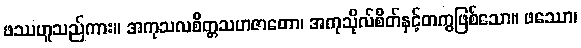
ဖဿဟူသည်ကား။ အကုသလစိတ္တသဟဇာတော၊ အကုသိုလ်စိတ်နှင့်တကွဖြစ်သော။ ဖဿော၊